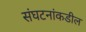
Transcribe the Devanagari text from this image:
संघटनांकडील